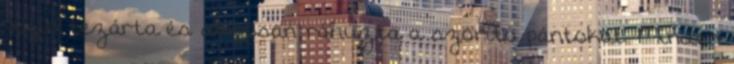
végül bezárta és alaposan ráhúzta a szorító pántokat. Minden